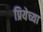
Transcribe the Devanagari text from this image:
प्रियेच्या